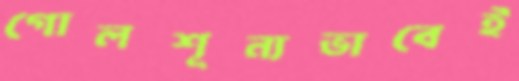
গোলশূন্যভাবেই